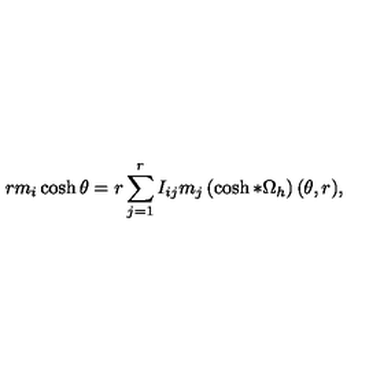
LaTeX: r m _ { i } \cosh \theta = r \sum _ { j = 1 } ^ { r } I _ { i j } m _ { j } \left( \cosh * \Omega _ { h } \right) ( \theta , r ) ,